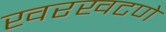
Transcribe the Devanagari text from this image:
खरखटणे